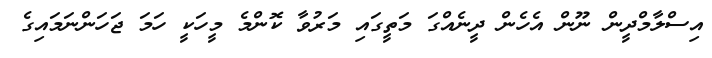
އިސްލާމްދީން ނޫން އެހެން ދީނެއްގަ މަތީގައި މަރުވާ ކޮންމެ މީހަކީ ހަމަ ޖަހަންނަމައިގެ